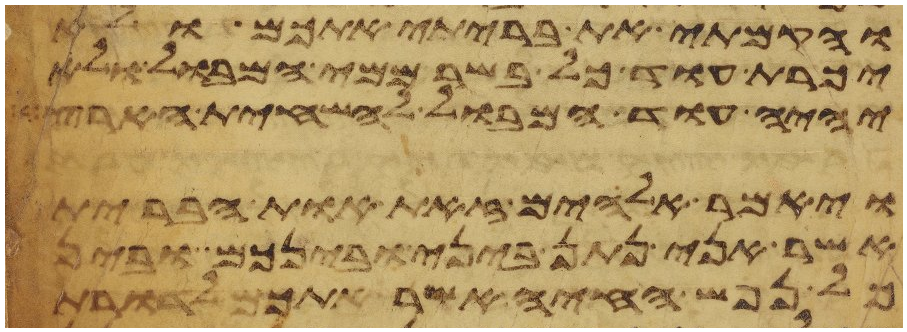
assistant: והקמתי את בריתי אתכם ולא
יכרת עוד כל בשר ממי המבול ולא
יהיה עוד המבול להשחית הארץ
ויאמר אלהים זאת אות הברית
אשר אני נתן ביני ובינכם ובין
כל נפש החיה אשר אתכם לדרות